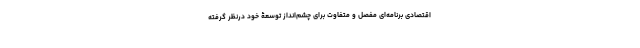
اقتصادی برنامه‌ای مفصل و متفاوت برای چشم‌انداز توسعۀ خود درنظر گرفته